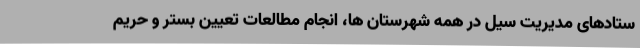
ستادهای مدیریت سیل در همه شهرستان ها، انجام مطالعات تعیین بستر و حریم